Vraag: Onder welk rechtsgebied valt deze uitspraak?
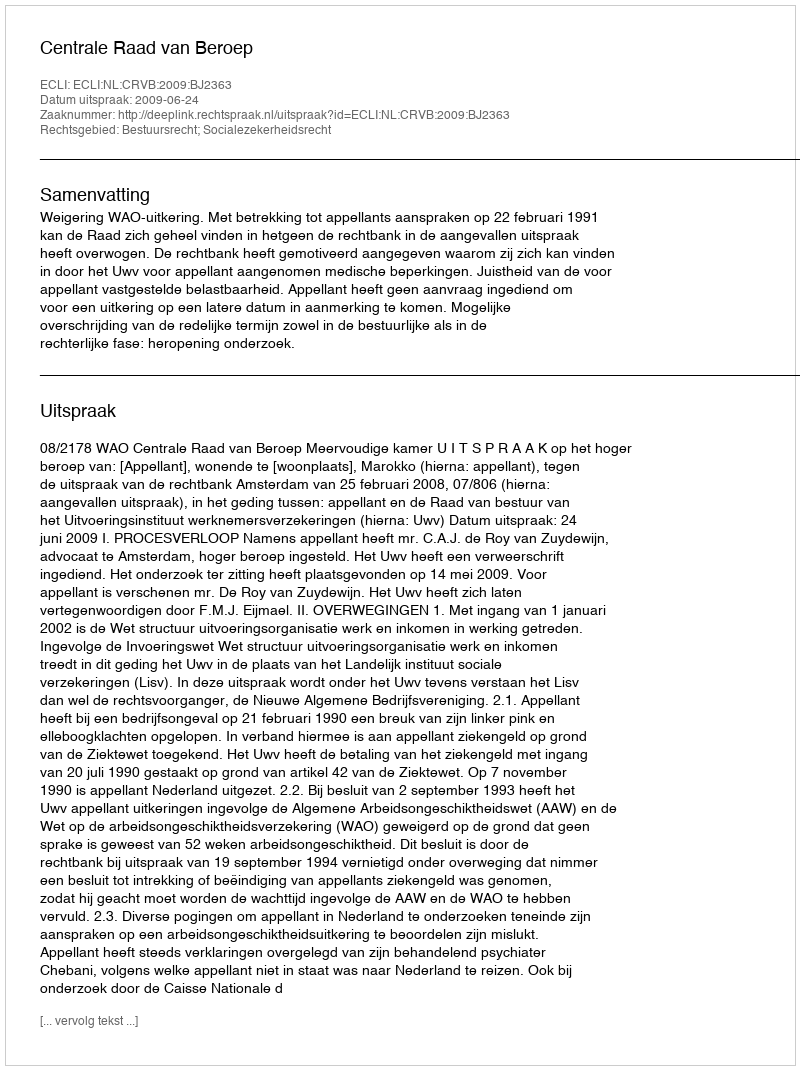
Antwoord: Bestuursrecht; Socialezekerheidsrecht